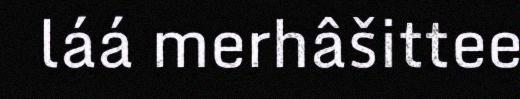
láá merhâšittee